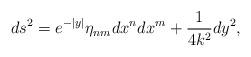
LaTeX: \begin{align*}ds^2=e^{-|y|}\eta_{nm}dx^n dx^m + \frac{1}{4k^2}dy^2,\end{align*}